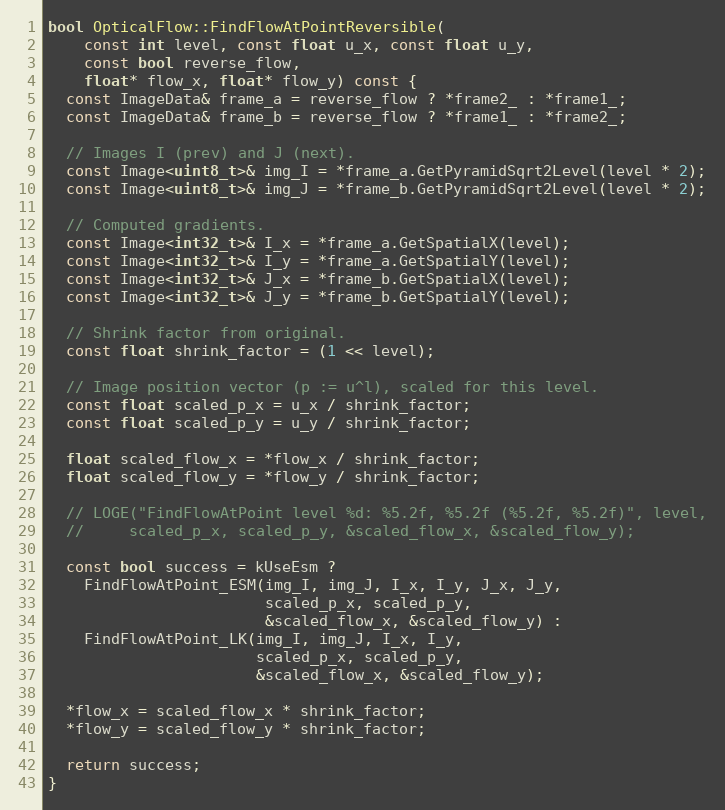
Language: C++
bool OpticalFlow::FindFlowAtPointReversible(
    const int level, const float u_x, const float u_y,
    const bool reverse_flow,
    float* flow_x, float* flow_y) const {
  const ImageData& frame_a = reverse_flow ? *frame2_ : *frame1_;
  const ImageData& frame_b = reverse_flow ? *frame1_ : *frame2_;

  // Images I (prev) and J (next).
  const Image<uint8_t>& img_I = *frame_a.GetPyramidSqrt2Level(level * 2);
  const Image<uint8_t>& img_J = *frame_b.GetPyramidSqrt2Level(level * 2);

  // Computed gradients.
  const Image<int32_t>& I_x = *frame_a.GetSpatialX(level);
  const Image<int32_t>& I_y = *frame_a.GetSpatialY(level);
  const Image<int32_t>& J_x = *frame_b.GetSpatialX(level);
  const Image<int32_t>& J_y = *frame_b.GetSpatialY(level);

  // Shrink factor from original.
  const float shrink_factor = (1 << level);

  // Image position vector (p := u^l), scaled for this level.
  const float scaled_p_x = u_x / shrink_factor;
  const float scaled_p_y = u_y / shrink_factor;

  float scaled_flow_x = *flow_x / shrink_factor;
  float scaled_flow_y = *flow_y / shrink_factor;

  // LOGE("FindFlowAtPoint level %d: %5.2f, %5.2f (%5.2f, %5.2f)", level,
  //     scaled_p_x, scaled_p_y, &scaled_flow_x, &scaled_flow_y);

  const bool success = kUseEsm ?
    FindFlowAtPoint_ESM(img_I, img_J, I_x, I_y, J_x, J_y,
                        scaled_p_x, scaled_p_y,
                        &scaled_flow_x, &scaled_flow_y) :
    FindFlowAtPoint_LK(img_I, img_J, I_x, I_y,
                       scaled_p_x, scaled_p_y,
                       &scaled_flow_x, &scaled_flow_y);

  *flow_x = scaled_flow_x * shrink_factor;
  *flow_y = scaled_flow_y * shrink_factor;

  return success;
}